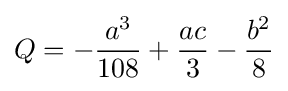
Q=-{a^{3} \over 108}+{ac \over 3}-{b^{2} \over 8}